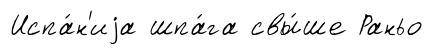
Испа́н'иjа шпа́га свы́ше Раньо